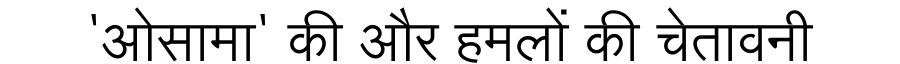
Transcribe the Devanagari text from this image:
'ओसामा' की और हमलों की चेतावनी